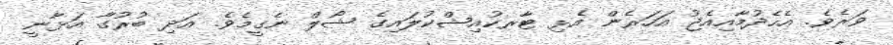
ވަރެވެ. އެހެދުމާއިއެޖު އަހަރެން އެޅި ޓާރކުއިޝްކުލައިގެ ޝޯލް ނެގީމެވެ. އަދި ބުރުގާ އަޅާނީ